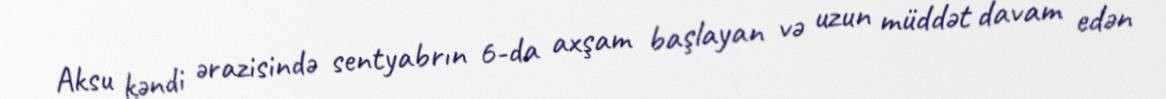
Aksu kəndi ərazisində sentyabrın 6-da axşam başlayan və uzun müddət davam edən